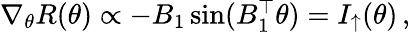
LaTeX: \begin{array}{r}{\nabla_{\theta}R(\theta)\propto-B_{1}\sin(B_{1}^{\top}\theta)=I_{\uparrow}(\theta)\, ,}\end{array}